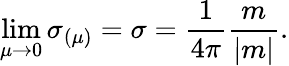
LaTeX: \operatorname*{lim}_{\mu\to 0}\sigma_{(\mu)}=\sigma=\frac{1}{4\pi}\frac{m}{|m|}.